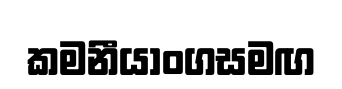
කමනීයාංගසමඟ